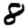
Digit: 8